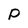
Character: p